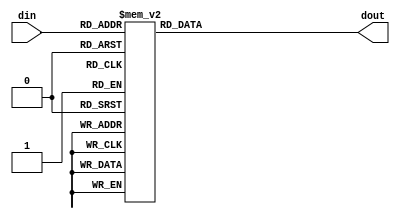
`timescale 1ns / 1ps

module square( din, dout );
  input [3:0] din;
  output [7:0] dout;
  reg [7:0] dout;

  // assign: LUT 3
  // case: LUT 4

  //assign dout = din * din;
  always @( din )
  begin
    case( din )
      4'd0: dout = 8'd0;
      4'd1: dout = 8'd1;
      4'd2: dout = 8'd4;
      4'd3: dout = 8'd9;
      4'd4: dout = 8'd16;
      4'd5: dout = 8'd25;
      4'd6: dout = 8'd36;
      4'd7: dout = 8'd49;
      4'd8: dout = 8'd64;
      4'd9: dout = 8'd81;
      4'd10: dout = 8'd100;
      4'd11: dout = 8'd121;
      4'd12: dout = 8'd144;
      4'd13: dout = 8'd169;
      4'd14: dout = 8'd196;
      4'd15: dout = 8'd225;
      default: dout = 2'bxx;
    endcase
  end
endmodule